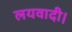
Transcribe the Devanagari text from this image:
लयवादी।